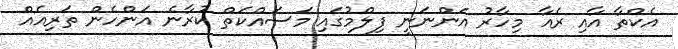
އެކްތާ އާއި ރެއާ މިހާރު އަންނަނީ ފިލްމުގައި މަސައްކަތް ކުރާނެ އަންހެން ތަރިއެއް